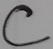
Text: C